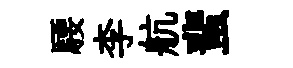
騕李航蜚